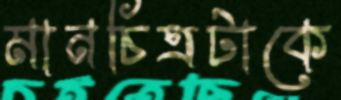
মানচিত্রটাকে